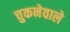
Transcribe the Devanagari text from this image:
चुकनेवाले